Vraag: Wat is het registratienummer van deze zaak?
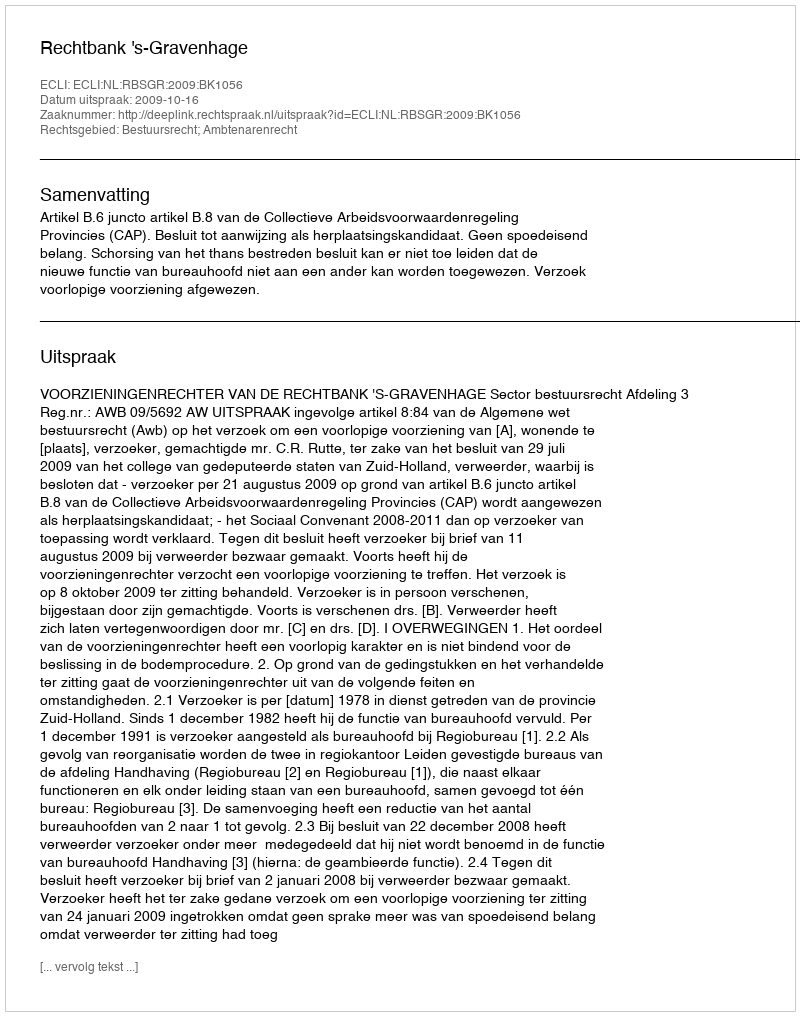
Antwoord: http://deeplink.rechtspraak.nl/uitspraak?id=ECLI:NL:RBSGR:2009:BK1056